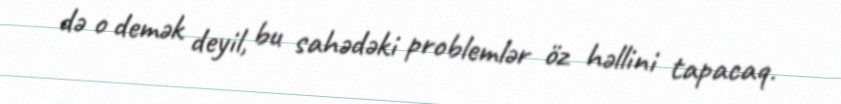
də o demək deyil, bu sahədəki problemlər öz həllini tapacaq.